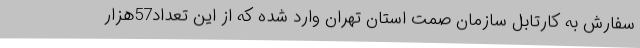
سفارش به کارتابل سازمان صمت استان تهران وارد شده که از این تعداد57هزار